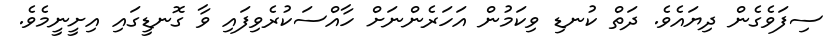
ސިފަވެގެން ދިޔައެވެ. ދަތް ކުނޑި ވިކަމުން އަހަރެންނަށް ހާއްސަކުރެވިފައި ވާ ގޮނޑީގައި އިށީނީމެވެ.